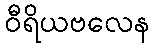
ဝီရိယဗလေန